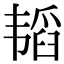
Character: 韬